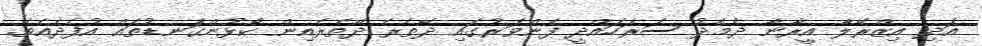
އަދި އިޒްރޭލާ އީރާނާ ދެމެދު ސަރަހައްދީ ފެންވަރުގައި ދޭތެރެ ދޭތެރެއިން ކޯޅުންގަނޑުތައް އުފެދެއެވެ.